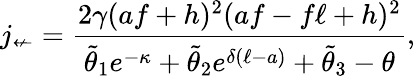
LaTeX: j_{\not\leftarrow}=\frac{2\gamma(af+h)^{2}(af-f\ell+h)^{2}}{\tilde{\theta}_{1}e^{-\kappa}+\tilde{\theta}_{2}e^{\delta(\ell-a)}+\tilde{\theta}_{3}-\theta},